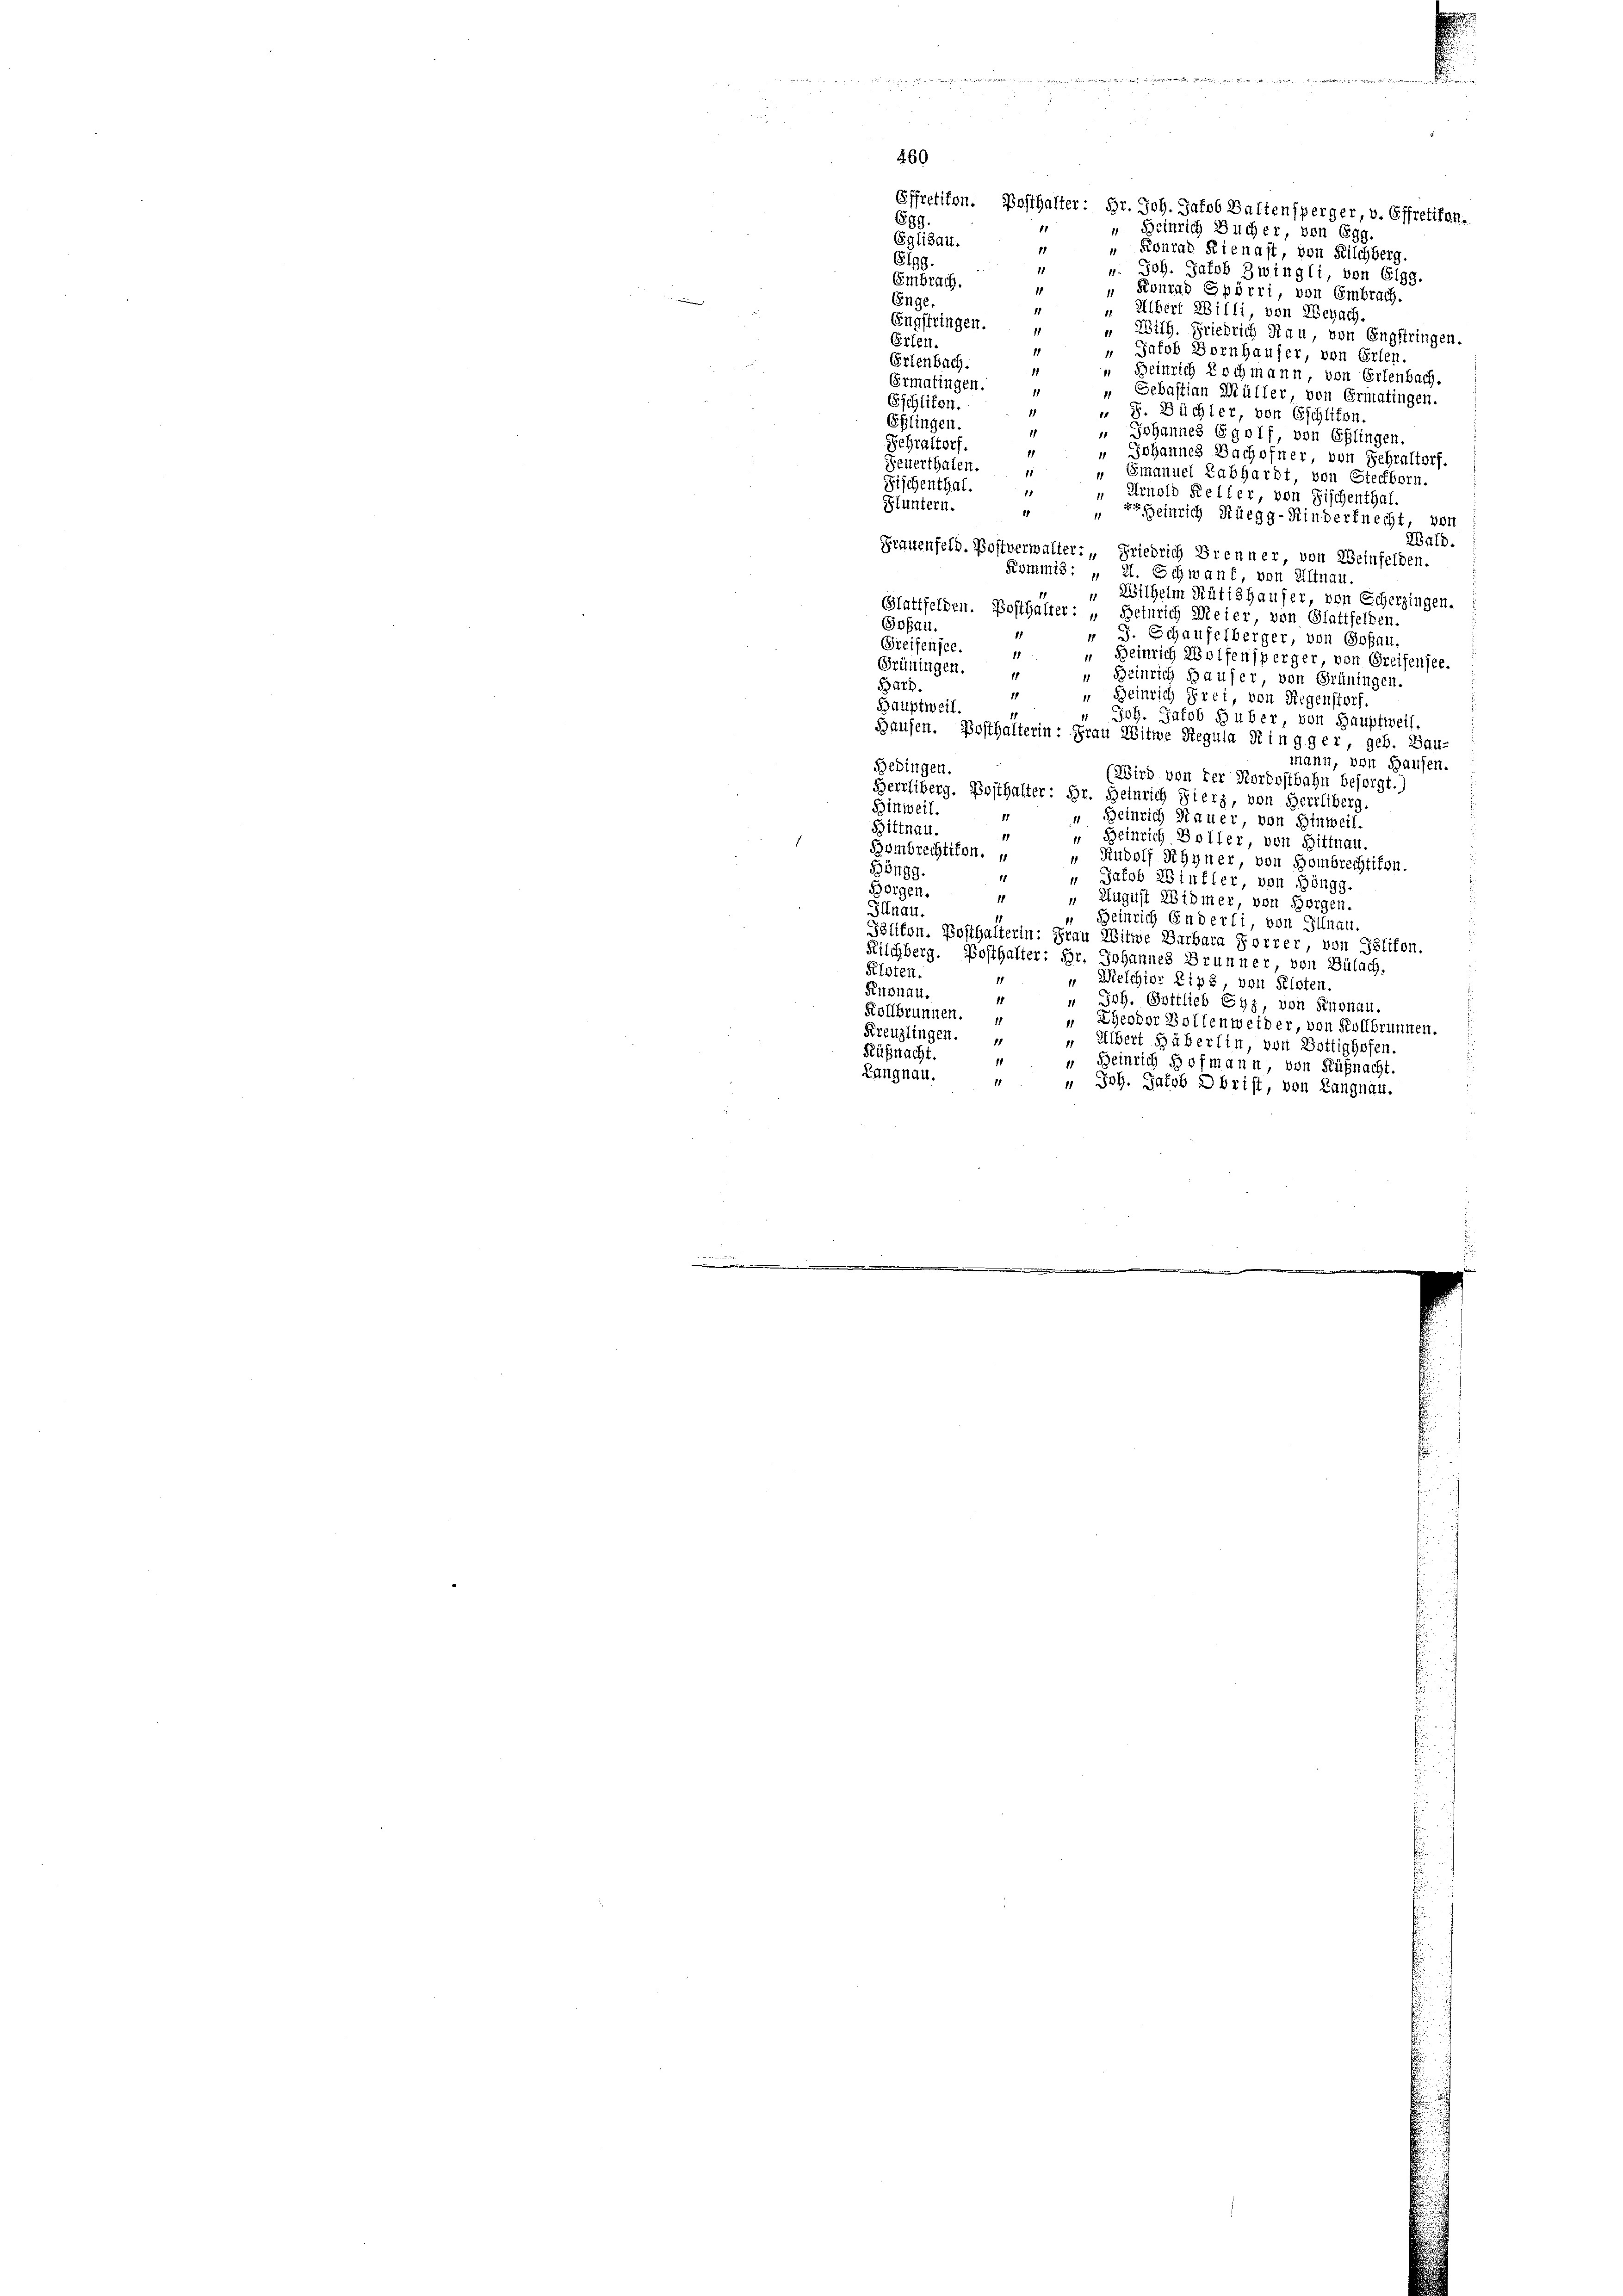
Effretikon. Bosthalter: Hr. Joh. Jakob Baltensperger, v. Effretifan¬
699.
“ Heinrich Bucher von Egg.
Eglisau.
11
" Konrad Kienast, von Kilchberg.
Elgg.
3
u. Joh. Jakob Zwingli, von Elgg.
Embrach.
" Konrad Spörri, von Embrach.
rinen
Enge.
11
" Albert Willi, von Weyach,
Engstringen.
Wilh. Friedrich Rau, von Engstringen.
Erlen.
11
 Jakob Bornhauser, von Erlen.
Erlenbach.

Heinrich Lochmann, von Erlenbach.
Ermatingen.
1
Sebastian Müller, von Ermatingen.
Eschliten.
 8. Büchler, von Eschlifen
Eßlingen.
11
" Johannes Egolf, von Eßlingen.
Fehraltorf.
11
 Johannes Bachofner, von Fehraltorf.
Feuerthalen.
„ Emanuel Labhardt von Steckborn.
Fischenthal.
" Arnold Keller, von Fischenthal
Fluntern.
1
Heinrich Rüegg-Kinderknecht, von
Wald.
Frauenfeld. Postverwalter, Friedrich Brenner, von Weinfelden.
Kommis: „II. Schwanf von Altnau
"Wilhelm Rütishauser, von Echerzingen.
Glattfelden. Bosthalter: „Heinrich Meier von Glattfelden.
Goßau.
 J. Schaufelberger, von Goßau.
Greifensee.
11
" Heinrich Wolfensperger von Greifensee.
Grüningen.
11
" Beinrich Hauser von Grüningen.
Barh
11
" Beinrich Frei, von Regenstorf.
Bauptweil.
 Joh. Jakob Huber, von Hauptweil,
Bausen. Posthalterin: Frau Witwe Regula Ringger, geb. Bau-
mann, von Hausen.
Gedingen.
(Wird von der Nordostbahn besorgt.)
Herrliberg. Posthalter: Hr. Heinrich Fierz, von Herrliberg.
Hinweil.
11
Heinrich Mauer, von Hinweil.
Bittnau.
“ Heinrich Boller, von Hittnau
Hombrechtikon.
„ Rudolf Rhyner, von Hombrechtikon.
B8499.
 Jacob Zinfler, von Höngg.
Borgen.
11
 August Widmer von Borgen.
Illnau.
Heinrich Enderli, von Illnau,
Plikon. Bosthalterin: Frau Witwe Barbara Forrer, von Ilifon.
Kilchberg. Bosthalter: Hr. Johannes Brunner von Bülach,
Kloten.
1
" Melchior Zipz, von Kisten
Kurnau.
11
" Joh. Gottlieb Eyz, von Knonau.
Kollbrunnen.
 Lheodor Bollenweider, von Kollbrunnen.
Kreuzlingen.
" Albert Häberlin, von Bottighofen.
Küßnacht.
1
“ Beinrich Hofmann, von Küßnacht.
Langnau.
11
" Joh. Jakob Obrist, von Langnau.

2.

x
460